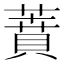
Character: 蕡